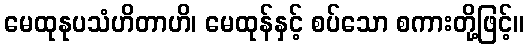
မေထုနုပသံဟိတာဟိ၊ မေထုန်နှင့် စပ်သော စကားတို့ဖြင့်။